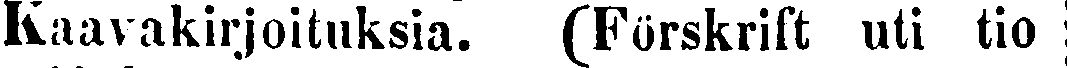
Kaavakirjoituksia. (Förskrift uti tio 1